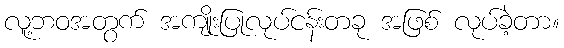
လူ့ဘဝအတွက် အကျိုးပြုလုပ်ငန်းတခု အဖြစ် လုပ်ခဲ့တာ။